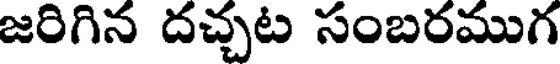
జరిగిన దచ్చట సంబరముగ